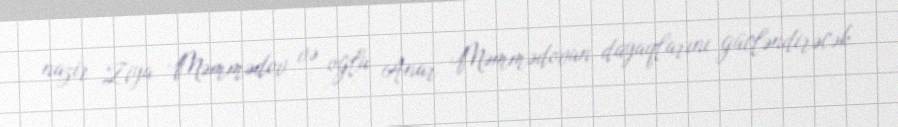
nazir Ziya Məmmədov və oğlu Anar Məmmədovun dayaqlarını gücləndirəcək.